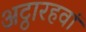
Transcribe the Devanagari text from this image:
अट्ठारहवां